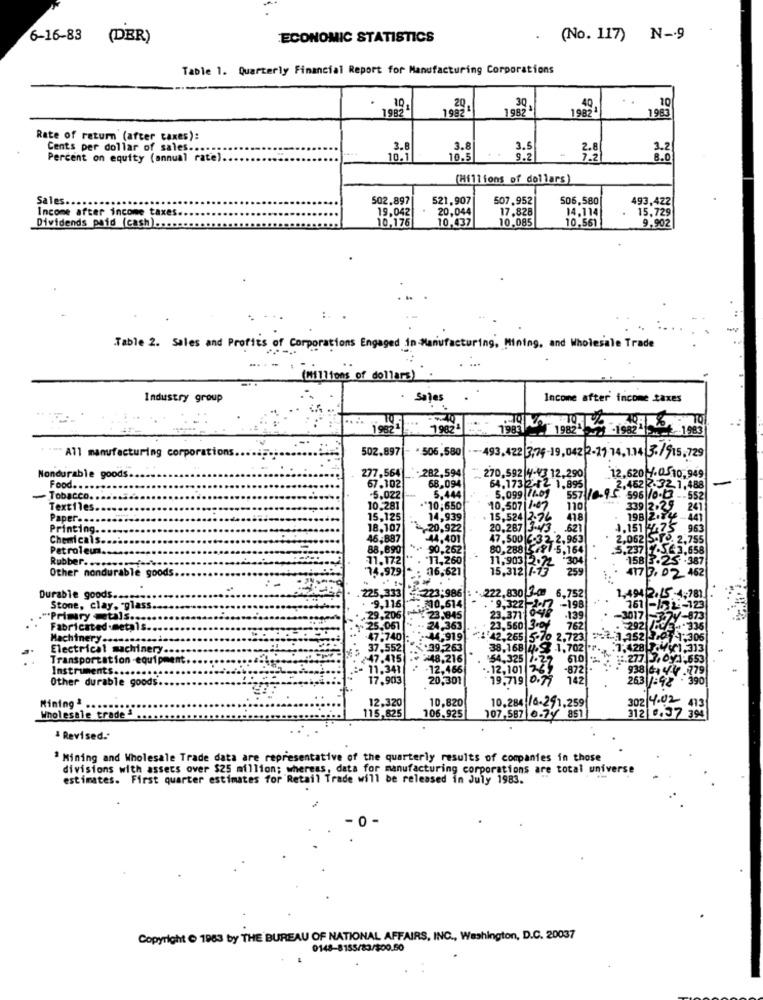
6-16-83 (DER)
ECONOMIC STATISTICS
(No. 117) N-9
Table 1. Quarterly Financial Report for Manufacturing Corporations
10
1982
10
1982
20
1982
30
1982
49
1983
Rate of return (after taxes):
Cents per dollar of sales ....
3.8
3.8
3.5
2.8
3.2
Percent on equity (annual rate).
10.
10.5
..
9.2
8.0
(Millions of dollars)
Sales.
502.897|
521,907
507.952
506,580
493,422
19.042
20,044
17.828
14.114
15,729
Income after income taxes
10,176
10,085
9.902
Dividends paid (cash) ...
10,437
10,561
Table 2. Sales and Profits of Corporations Engaged in Manufacturing, Mining, and Wholesale Trade
...
(millions of dollars).
Industry group
· Sajes
Income after income taxes
TO
19821
1982
1983
1982 -1982 . 1983
502.897
*506,580
All manufacturing corporations.
.-- 493,422 3,74-19,0422-27 14.1.14 3./915.729
Nondurable goods.
277,564
:- 282,594
270,592 4-43 12.290
12,620 1.05 10,949
Food .....
67.102
68,094
5.444
64.173 2.82 1,895
2.4622.32.1,488
Tobacco ..
-5.022
5,099(140)
557 10-95. 596 10.13 -- 552
Textiles
10.281
10,650
10.507 1-07
110
339 2.29 241
Paper ..
15,125
14,939
15,524 2.76
418
198 2.34
-441
Printing ..
18.107
-2-20,922
20,287 3-43 .
.621
1.151 ,75 963
Chemicals .....
46,887
-44,401
47.500 6-32-2,963
2,062 5.1. 2.755
Patroleu ..........
88,6901
*- 90,262
80,288 -81 -5,164
.5.237 7.563.658
Rubber ..............
71.172
11,260
11,903
:304
158 3.25 -387
Other nondurable goods ....
14.979 * . 06,621
15,312 7-7
259
117 7.02 462
225,333
222,830 3-0
Durable goods ....
223:986
6,752
1,494 2.15 -4,781
Stone, clay. - glass.
9.116
:210,614
9,322-2017 -198
161 -152-123
"*Primiry etals ...
29,205
23.845
23.371 947
.139
-3017 -3-79-873
Fabricated .metals
25.067
. .. 24.363.
23,560 3-07
762
292 5
Machinery .....
-47.740 :
-44,919
42.265 5-70 2.723 :3 352 035.
Electrical machinery ..
37.552 +39,263
38.168 4.9 1,702 " .. . 7.428
Transportation-equipment.
-48,216
- 2777,
Instruments.
- 11,343
12,466
:54.325 1.27
-872|-
938 444. 779
Other durable goods
17,903
20,301
.. 12,101|262
19,719|
263 :92
10,820
302 4.02
Mining&
115,825
12,320
10.284 16-291,259
Wholesale trade &
106.925
107,587 0-79 851
312 0.37 394
& Revised.
1 Mining and Wholesale Trade data are representative of the quarterly results of companies in those
divisions with assets over $25 million; whereas, data for manufacturing corporations are total universe
estimates. First quarter estimates for Retail Trade will be released in July 1983.
- 0
Copyright . 1963 by THE BUREAU OF NATIONAL AFFAIRS, INC ., Washington, D.C. 20037
0148-8155/83/100.50